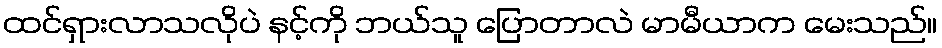
ထင်ရှားလာသလိုပဲ နင့်ကို ဘယ်သူ ပြောတာလဲ မာမီယာက မေးသည်။